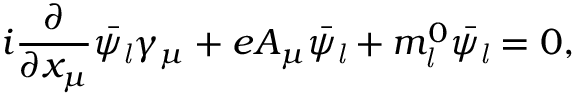
i { \frac { \partial } { \partial x _ { \mu } } } \bar { \psi _ { \it l } } \gamma _ { \mu } + e A _ { \mu } \bar { \psi _ { \it l } } + m _ { \it l } ^ { 0 } \bar { \psi _ { \it l } } = 0 ,